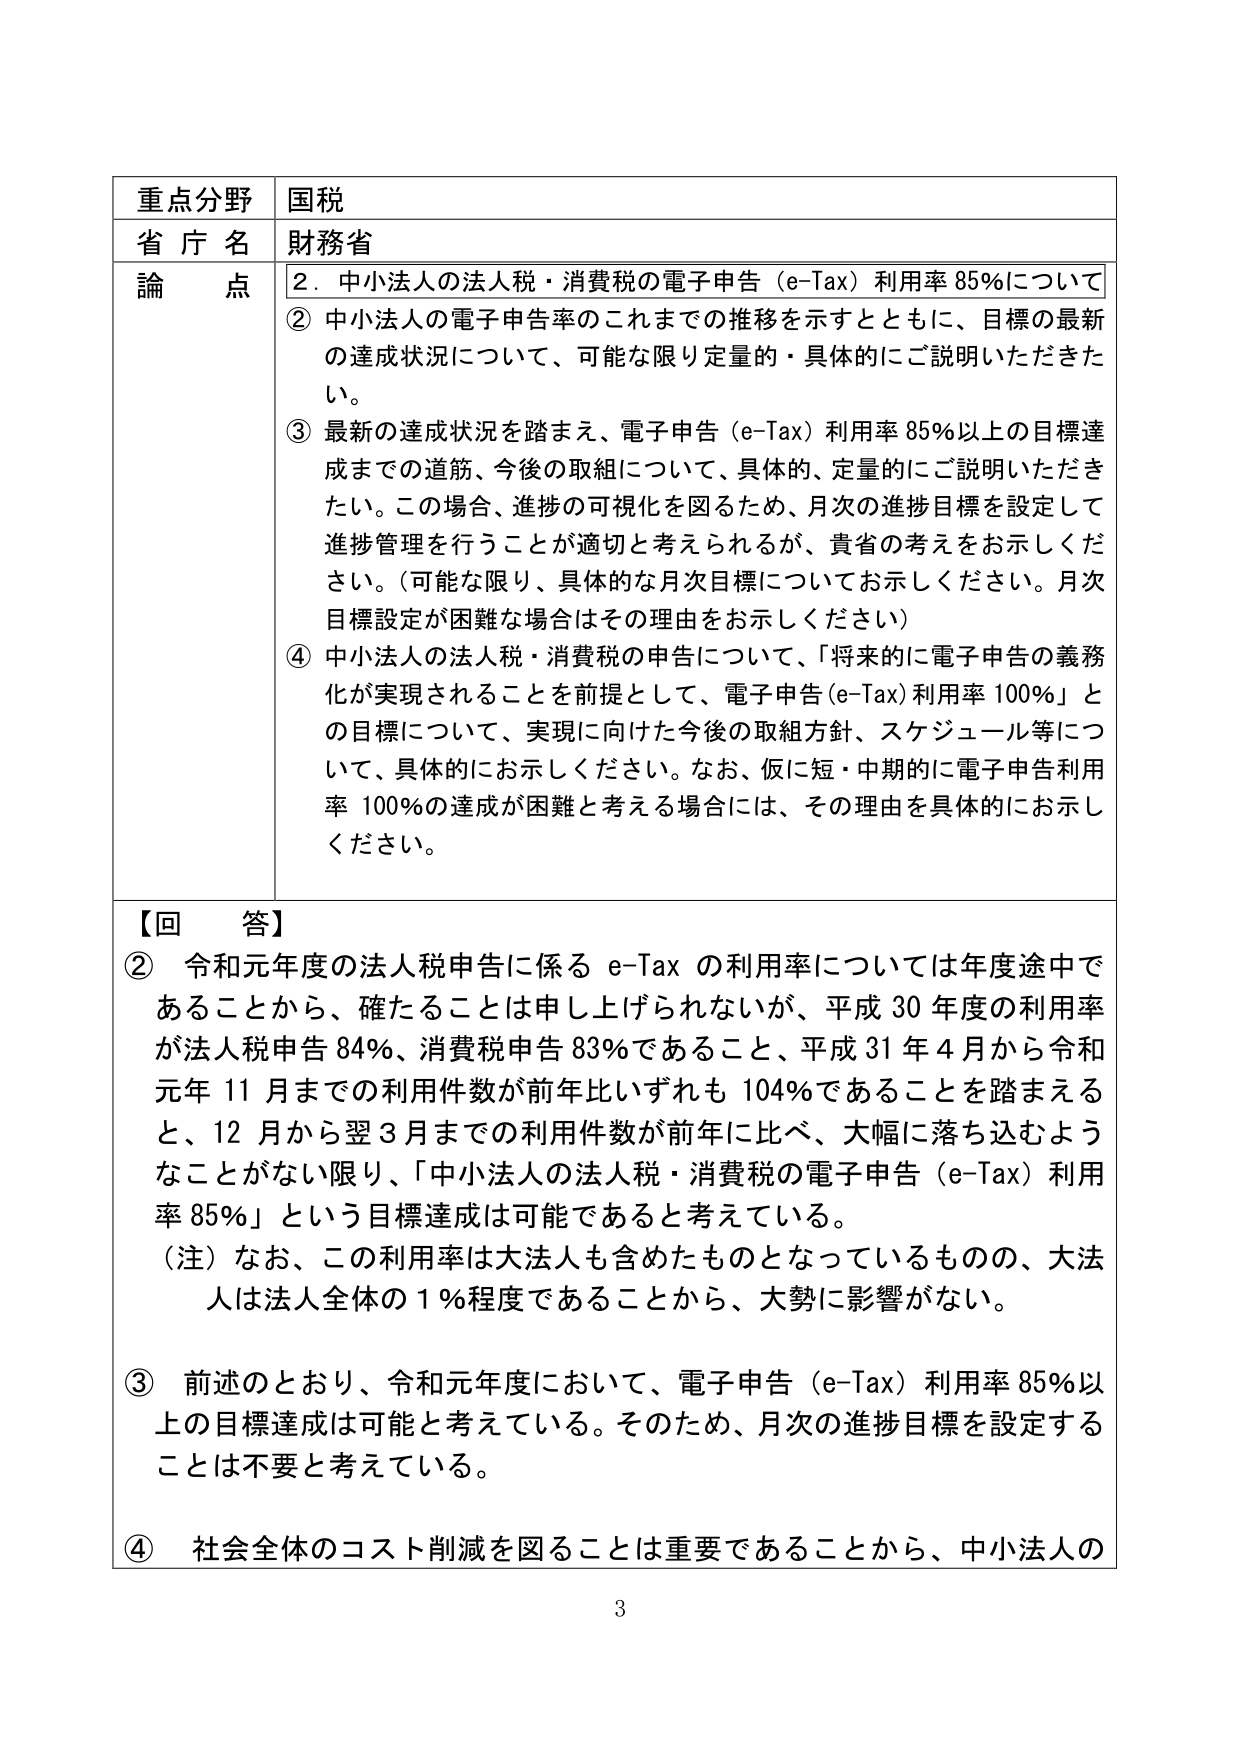
重点分野 国税
省庁名 財務省
論点 2. 中小法人の法人税・消費税の電子申告（e-Tax）利用率85％について
② 中小法人の電子申告率のこれまでの推移を示すとともに、目標の最新の達成状況について、可能な限り定量的・具体的にご説明いただきたい。
③ 最新の達成状況を踏まえ、電子申告（e-Tax）利用率85％以上の目標達成までの道筋、今後の取組について、具体的、定量的にご説明いただきたい。この場合、進捗の可視化を図るため、月次の進捗目標を設定して進捗管理を行うことが適切と考えられるが、貴省の考えをお示しください。（可能な限り、具体的な月次目標についてお示しください。月次目標設定が困難な場合はその理由をお示しください）
④ 中小法人の法人税・消費税の申告について、「将来的に電子申告の義務化が実現されることを前提として、電子申告（e-Tax）利用率100％」との目標について、実現に向けた今後の取組方針、スケジュール等について、具体的にお示しください。なお、仮に短・中期的に電子申告利用率100％の達成が困難と考える場合には、その理由を具体的にお示しください。

【回答】
② 令和元年度の法人税申告に係るe-Taxの利用率については年度途中であることから、確たることは申し上げられないが、平成30年度の利用率が法人税申告84％、消費税申告83％であること、平成31年4月から令和元年11月までの利用件数が前年比いずれも104％であることを踏まえると、12月から翌3月までの利用件数が前年に比べ、大幅に落ち込むようなことがない限り、「中小法人の法人税・消費税の電子申告（e-Tax）利用率85％」という目標達成は可能であると考えている。
（注）なお、この利用率は大法人も含めたものとなっているものの、大法人は法人全体の1％程度であることから、大勢に影響がない。
③ 前述のとおり、令和元年度において、電子申告（e-Tax）利用率85％以上の目標達成は可能と考えている。そのため、月次の進捗目標を設定することは不要と考えている。
④ 社会全体のコスト削減を図ることは重要であることから、中小法人の

3